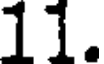
11.